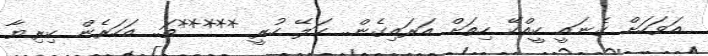
އަވަހަށް ގެނައީ ކީއްކޭ ހިތަށް އަރައިގެން.. ކަލޭ ހުރީ *****ތަ.. އަހަރެން ކިރިޔާ